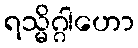
ရသ္မိဂ္ဂါဟော